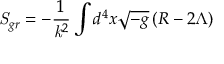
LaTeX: { \it S } _ { g r } = - \frac { 1 } { { \it k } ^ { 2 } } \int d ^ { 4 } x \sqrt { - g } \left( R - 2 \Lambda \right)